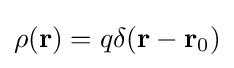
\rho (\mathbf {r} )=q\delta (\mathbf {r} -\mathbf {r} _{0})